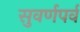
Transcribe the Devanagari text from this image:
सुवर्णपर्व